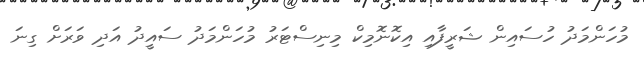
މުހަންމަދު ހުސައިން ޝަރީފާއި އިކޮނޮމިކް މިނިސްޓަރު މުހަންމަދު ސައީދު އަދި ވަރަށް ގިނަ